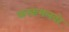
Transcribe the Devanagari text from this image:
करकमलवरे